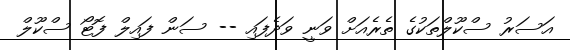
އަސަރު ސްކޫލްތަކުގެ ތެރެއަށް ވަނީ ވަދެފައި -- ސަން ފައިލް ފޮޓޯ ސްކޫލް